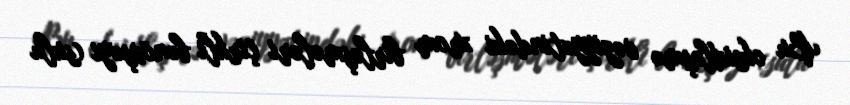
Bu oksidləşmə vəziyyətindəki xrom birləşmələri çirkli bənövşəyi (sulu